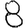
Digit: 8